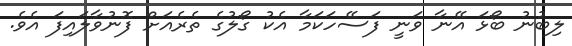
ލިބުނު ބޯޅަ އޭނާ ވަނީ ފަސޭހަކަމާ އެކު ގޯލުގެ ތެރެއަށް ފޮނުވާލައިފަ އެވެ.